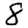
Digit: 8